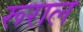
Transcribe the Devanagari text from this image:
रूराल